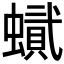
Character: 𧑰